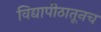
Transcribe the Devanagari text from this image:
विद्यापीठातूनच